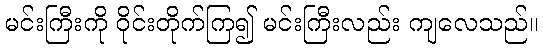
မင်းကြီးကို ဝိုင်းတိုက်ကြ၍ မင်းကြီးလည်း ကျလေသည်။